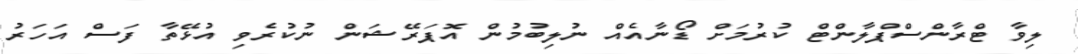
ލިވާ ޓްރާންސްޕްލާންޓް ކުރުމަށް ޑޯނާއެއް ނުލިބުމުން އޮޕަރޭޝަން ނުކުރެވި އުޅޭތާ ފަސް އަހަރު